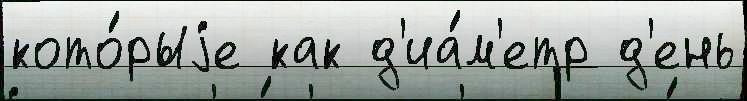
кото́рыjе как д'иа́м'етр д'ень